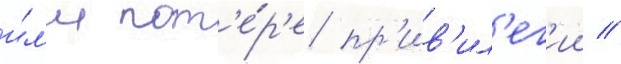
и́л'и пот'е́р'е пр'ив'ил'ег'ии //